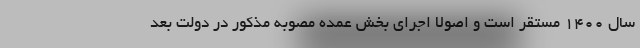
سال 1400 مستقر است و اصولاً اجرای بخش عمده مصوبه مذکور در دولت بعد